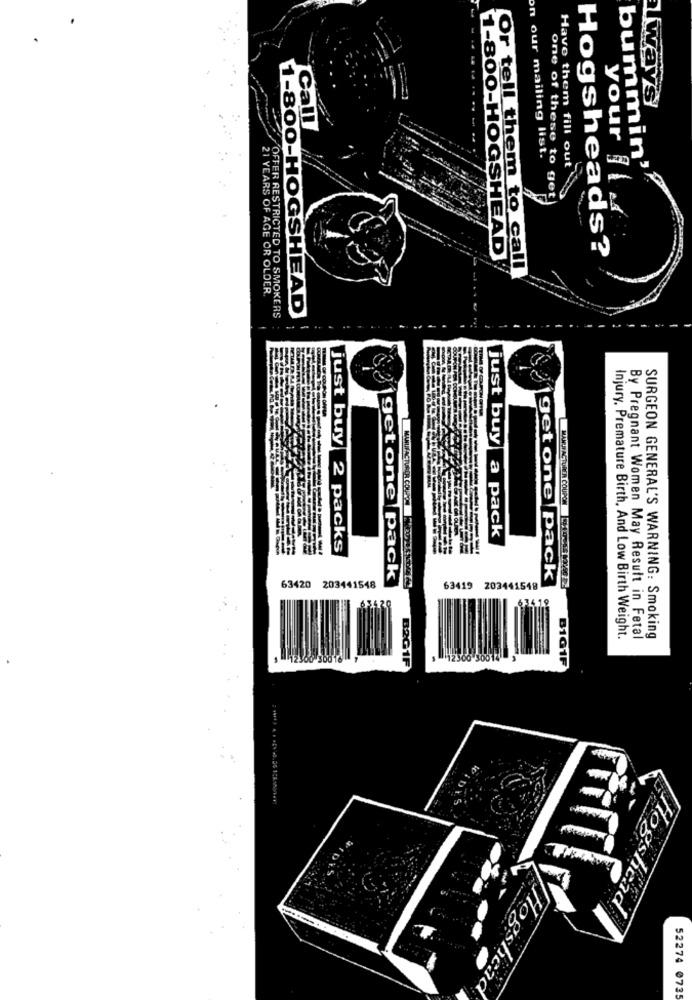
always
Call
on our mailing list.
your
Have them fill out
bummin'
one of these to get
1-800-HOGSHEAD
Hogsheads?
Or tell them to call
21 YEARS OF AGE OR OLDER.
1-800-HOGSHEAD
OFFER RESTRICTED TO SMOKERS
- -.
just buy
just buy
MANUFACTURDA COUPD
MANTFACTURER COUPON
a pack
2 packs
get one pack
get one pack
63420 203441548
63419 203441548
63419
Injury. Premature Birth, And Low Birth Weight.
By Pregnant Women May Result in Fetal
SURGEON GENERAL'S WARNING: Smoking
B2G1F
12300 30014
B101F
Hogshead
Hogshead
52274 0735